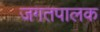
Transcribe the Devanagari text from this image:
जगतपालक